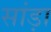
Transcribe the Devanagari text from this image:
सांड़ा